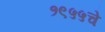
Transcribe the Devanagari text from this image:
१९५५चे